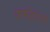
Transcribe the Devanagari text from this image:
फर्महाउस